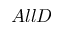
A l l D